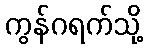
ကွန်ဂရက်သို့